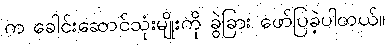
က ခေါင်းဆောင်သုံးမျိုးကို ခွဲခြား ဖော်ပြခဲ့ပါတယ်။